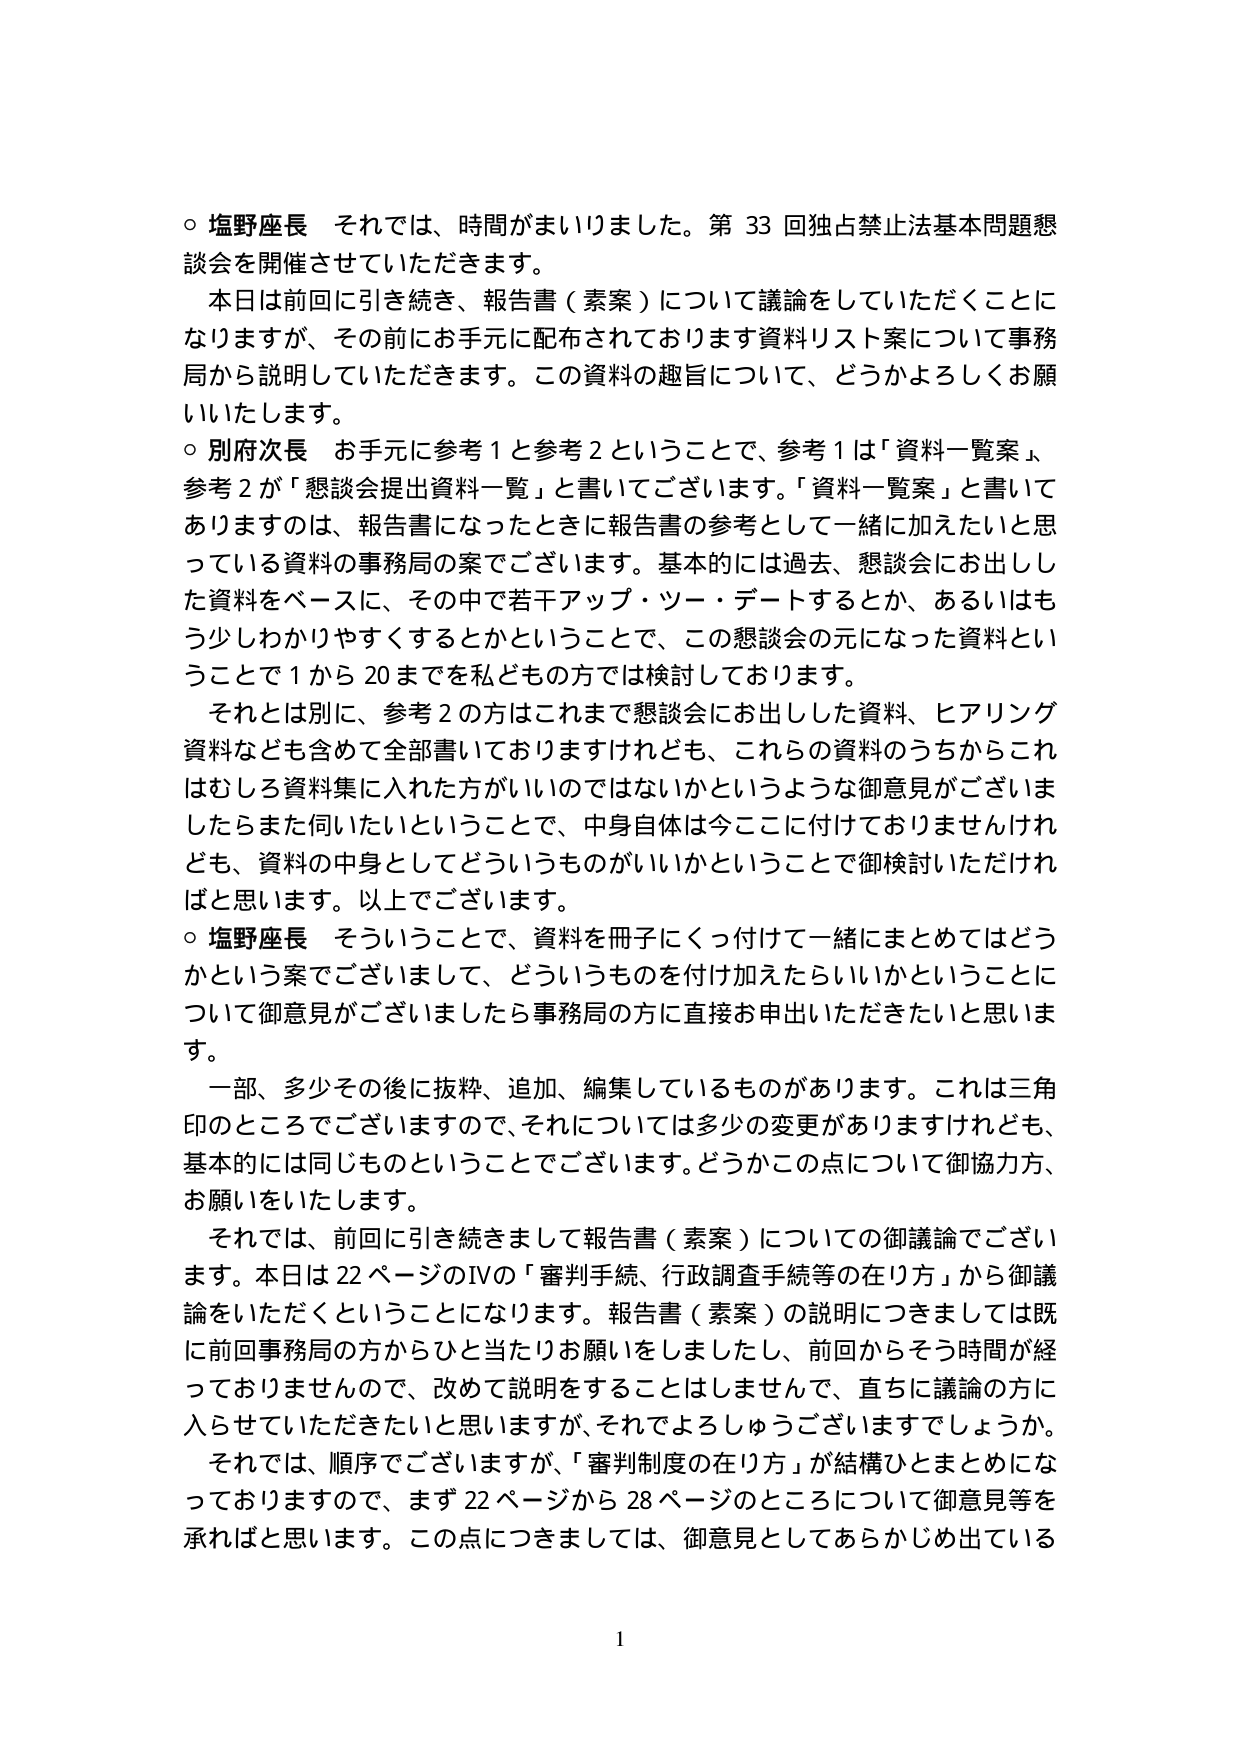
○ 塩野座長 それでは、時間がまいりました。第33回独占禁止法基本問題懇談会を開催させていただきます。

本日は前回に引き続き、報告書（素案）について議論をしていただくことになりますが、その前にお手元に配布されております資料リスト案について事務局から説明していただきます。この資料の趣旨について、どうかよろしくお願いいたします。

○ 別府次長 お手元に参考1と参考2ということで、参考1は「資料一覧案」、参考2が「懇談会提出資料一覧」と書いてございます。「資料一覧案」と書いてありますのは、報告書になったときに報告書の参考として一緒に加えたいと思っている資料の事務局の案でございます。基本的には過去、懇談会にお出しした資料をベースに、その中で若干アップ・ツー・デートするとか、あるいはもう少しわかりやすくするとかということで、この懇談会の元になった資料ということで1から20までを私どもの方では検討しております。

それとは別に、参考2の方はこれまで懇談会にお出しした資料、ヒアリング資料なども含めて全部書いておりますけれども、これらの資料のうちからこれはむしろ資料集に入れた方がいいのではないかというような御意見がございましたらまた伺いたいということで、中身自体は今ここに付けておりませんけれども、資料の中身としてどういうものがいいかということで御検討いただければと思います。以上でございます。

○ 塩野座長 そういうことで、資料を冊子にくっ付けて一緒にまとめてはどうかという案でございまして、どういうものを付け加えたらいいかということについて御意見がございましたら事務局の方に直接お申出いただきたいと思います。

一部、多少その後に抜粋、追加、編集しているものがあります。これは三角印のところでございますので、それについては多少の変更がありますけれども、基本的には同じものということでございます。どうかこの点について御協力方、お願いをいたします。

それでは、前回に引き続きまして報告書（素案）についての御議論でございます。本日は22ページのⅣの「審判手続、行政調査手続等の在り方」から御議論をいただくということになります。報告書（素案）の説明につきましては既に前回事務局の方からひと当たりお願いをしましたし、前回からそう時間が経っておりませんので、改めて説明をすることはしませんで、直ちに議論の方に入らせていただきたいと思いますが、それでよろしゅうございますでしょうか。

それでは、順序でございますが、「審判制度の在り方」が結構ひとまとめになっておりますので、まず22ページから28ページのところについて御意見等を承ればと思います。この点につきましては、御意見としてあらかじめ出ている

1